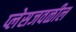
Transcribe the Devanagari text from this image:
प्लेसजवळील